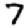
Digit: 7